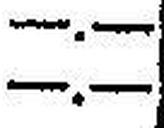
—.—